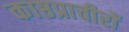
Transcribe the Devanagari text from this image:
काष्ठप्राचीरों